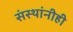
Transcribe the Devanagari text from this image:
संस्थांनीही